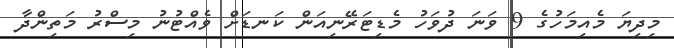
މިދިޔަ މެއިމަހުގެ 9 ވަނަ ދުވަހު މެޑިޓަރޭނިއަން ކަނޑަށް ވެއްޓުނު މިސްރު މަތިންދާ